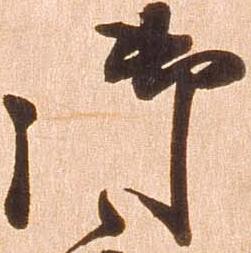
御